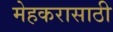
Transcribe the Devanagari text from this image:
मेहकरासाठी